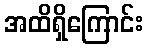
အထိရှိကြောင်း